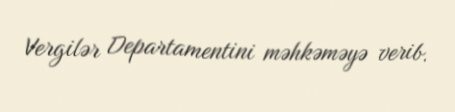
Vergilər Departamentini məhkəməyə verib.